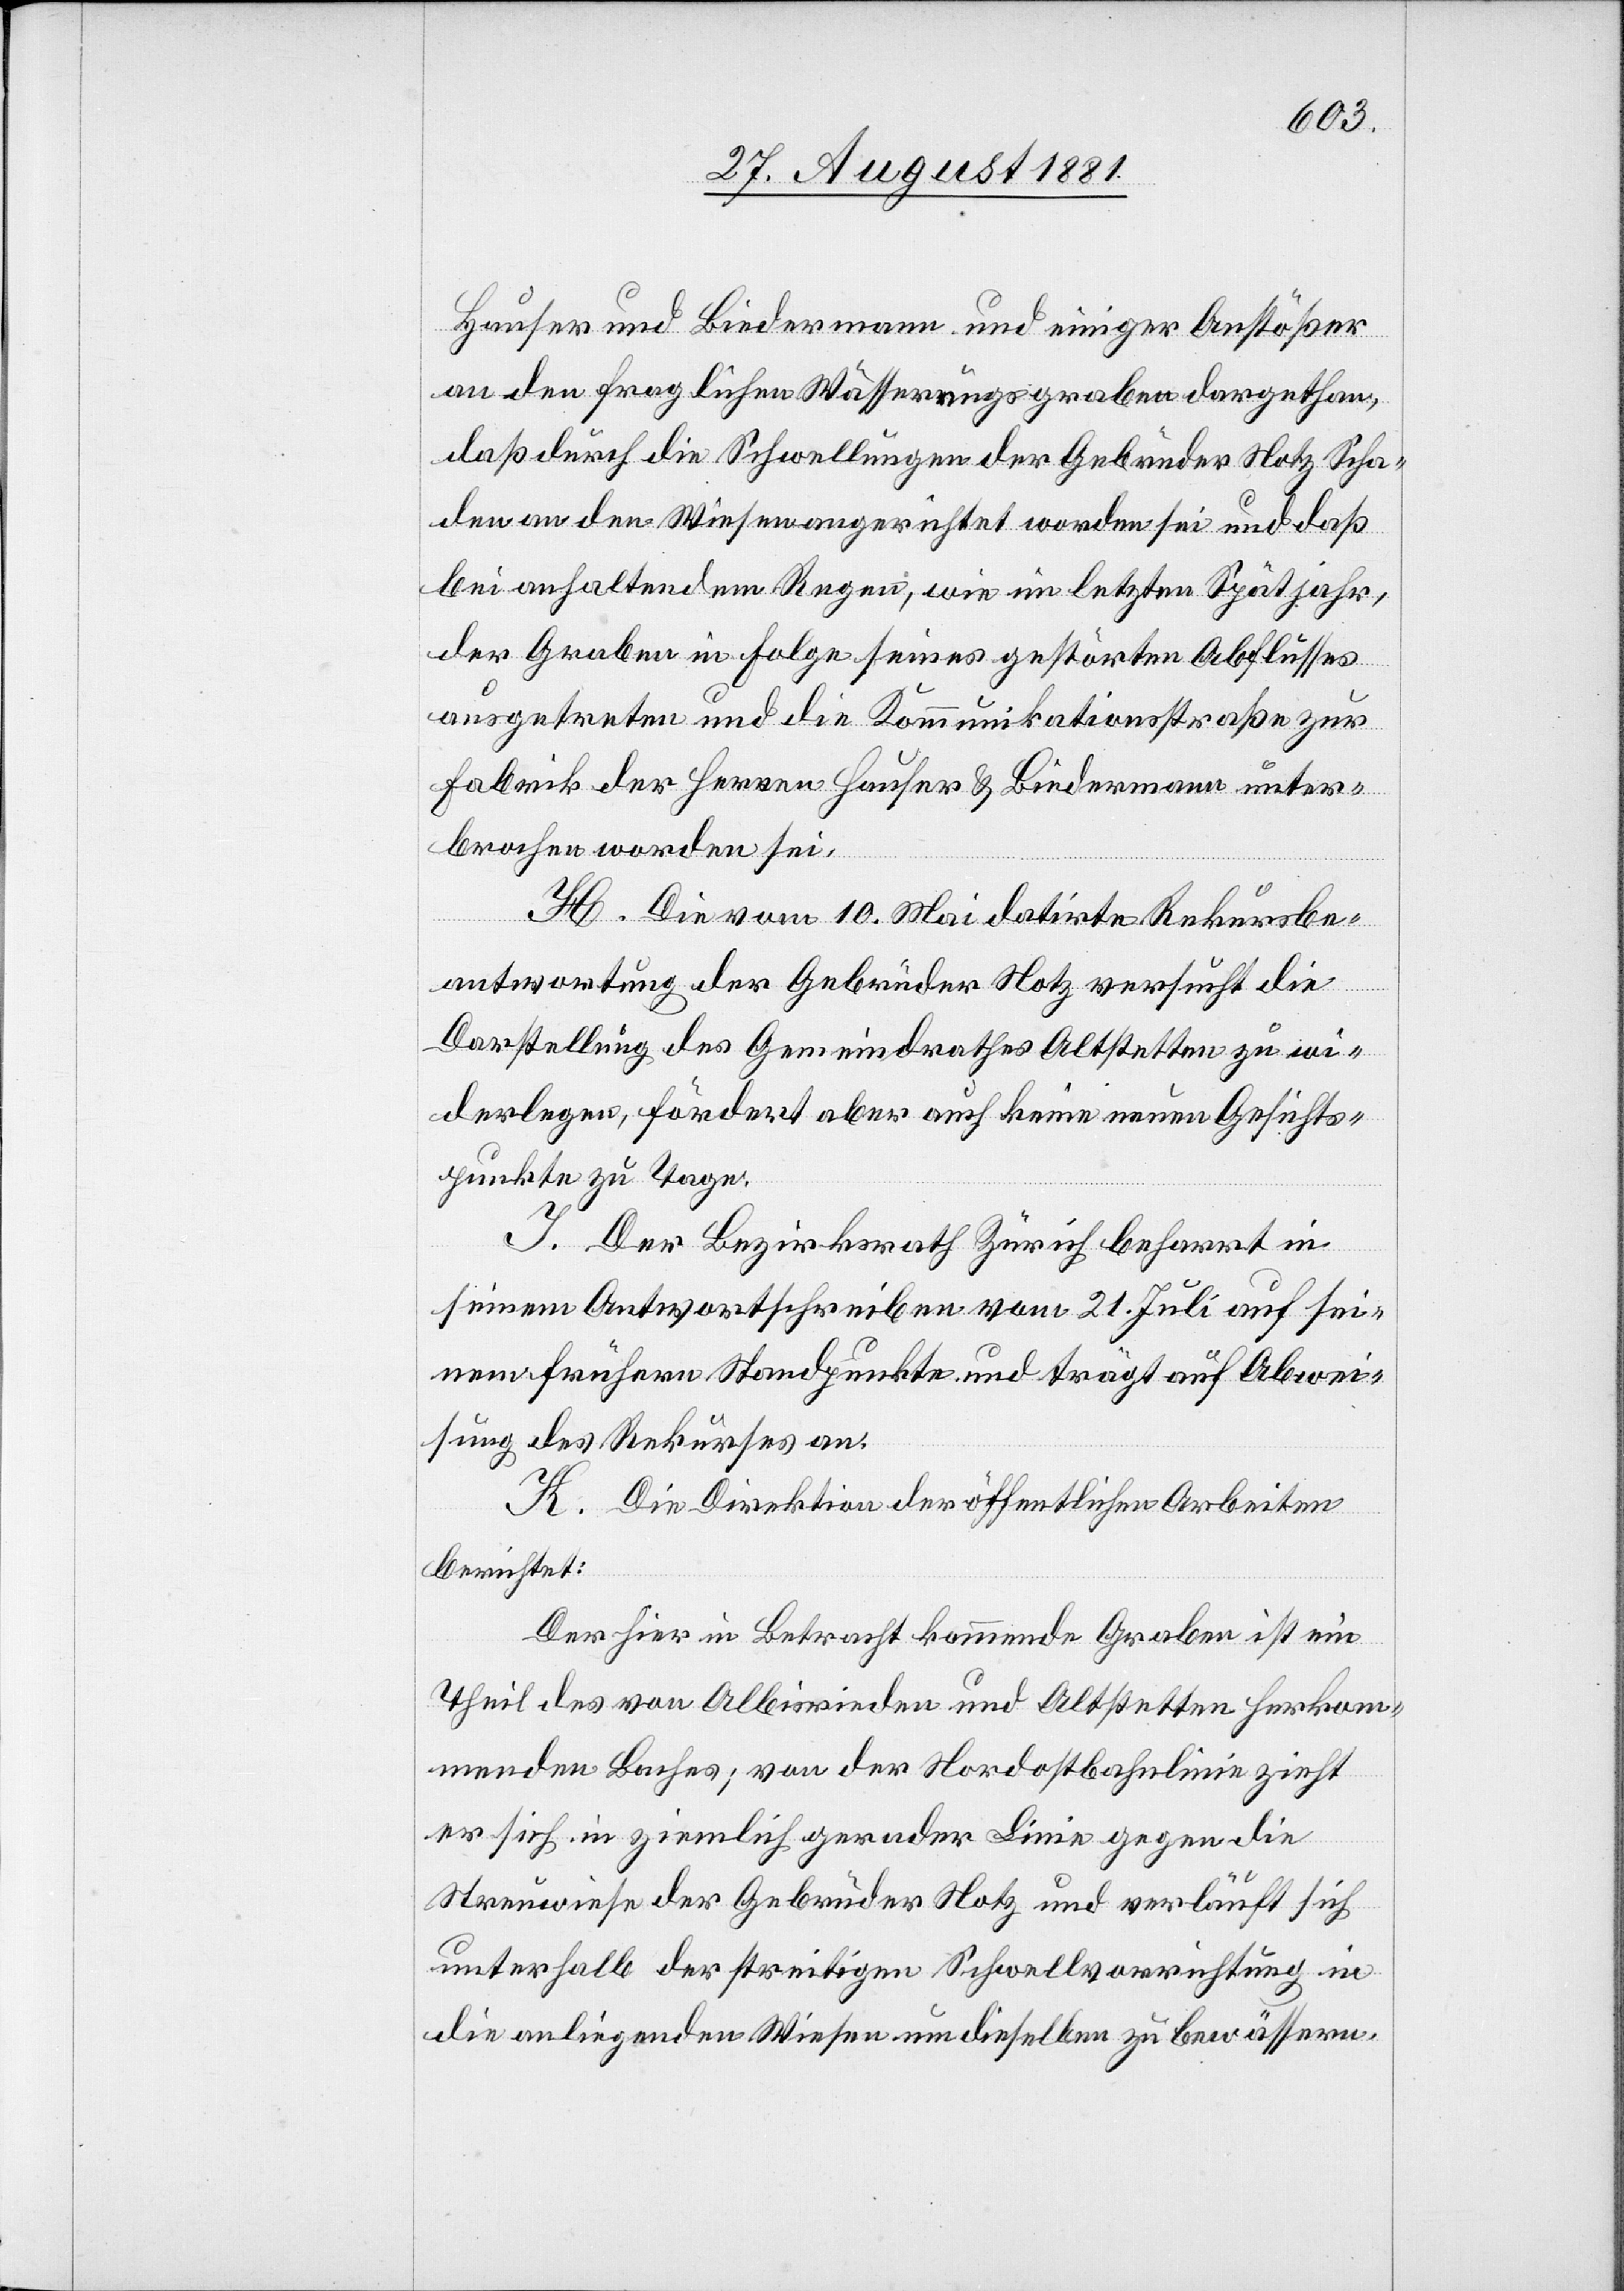
Hauser und Biedermann und einiger Anstößer
an den fraglichen Wässerungsgraben dargethan,
daß durch die Schwellungen der Gebrüder Notz Scha¬
den an den Wiesen angerichtet worden sei und daß
bei anhaltendem Regen, wie im letzten Spätjahr,
der Graben in Folge seines gestärkten Abflusses
ausgetreten und die Kommunikationstraße zur
Fabrik der Herren Hauser & Biedermann unter¬
brochen worden sei.
H. Die vom 10. Mai datirte Rekursbe¬
antwortung der Gebrüder Notz versucht die
Darstellung des Gemeindrathes Altstetten zu wi¬
derlegen, fördert aber auch keine neuen Gesichts¬
punkte zu Tage.
I. Der Bezirksrath Zürich beharrt in
seinem Antwortschreiben vom 21. Juli auf sei¬
nen frühern Standpunkte und trägt auf Abwei¬
sung des Rekurses an.
K. Die Direktion der öffentlichen Arbeiten
berichtet:
Der hier in Betracht kommende Graben ist ein
Theil des von Albisrieden und Altstetten herkom¬
menden Baches; von der Nordostbahnlinie zieht
er sich in ziemlich gerader Linie gegen die
Streuwiese der Gebrüder Notz und verläuft sich
unterhalb der streitigen Schwellvorrichtung in
die anliegenden Wiesen um dieselben zu bewässern.